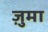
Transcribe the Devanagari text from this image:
ज़ुमा